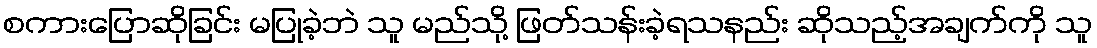
စကားပြောဆိုခြင်း မပြုခဲ့ဘဲ သူ မည်သို့ ဖြတ်သန်းခဲ့ရသနည်း ဆိုသည့်အချက်ကို သူ